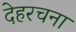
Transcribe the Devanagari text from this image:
देहरचना